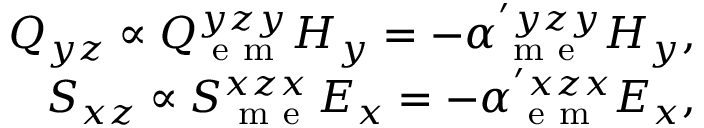
\begin{array} { r } { Q _ { y z } \propto Q _ { \mathrm { ~ e ~ m ~ } } ^ { y z y } H _ { y } = - \alpha _ { \mathrm { ~ m ~ e ~ } } ^ { ' y z y } H _ { y } , } \\ { S _ { x z } \propto S _ { \mathrm { ~ m ~ e ~ } } ^ { x z x } E _ { x } = - \alpha _ { \mathrm { ~ e ~ m ~ } } ^ { ' x z x } E _ { x } , } \end{array}